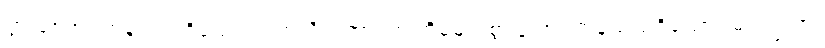
ပွားစေအပ်ကုန်သည်ရှိသော်။ ဗဟုလီကတာ၊ အကြိမ်များစွာပြု အပ်ကုန်သည်ရှိသော်။ မဟပ္ဖလာ၊